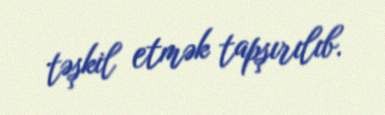
təşkil etmək tapşırılıb.